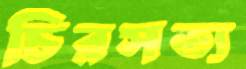
চিরসত্য